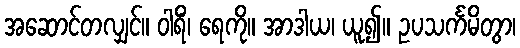
အဆောင်တလျှင်။ ဝါရိံ၊ ရေကို။ အာဒါယ၊ ယူ၍။ ဥပသင်္ကမိတွာ၊